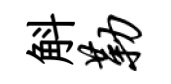
斛勒